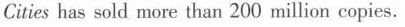
Citieshas sold more than 200 million copies.